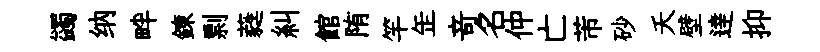
蠲纳畔錬剽蕤糾館陏竿𦈢竒名仲亡芾砂夭壁逹抑